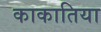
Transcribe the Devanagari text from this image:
काकातिया